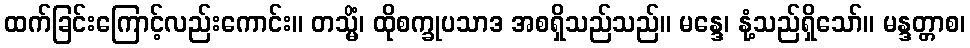
ထက်ခြင်းကြောင့်လည်းကောင်း။ တသ္မိံ၊ ထိုစက္ခုပသာဒ အစရှိသည်သည်။ မန္ဒေ၊ နုံ့သည်ရှိသော်။ မန္ဒတ္တာစ၊